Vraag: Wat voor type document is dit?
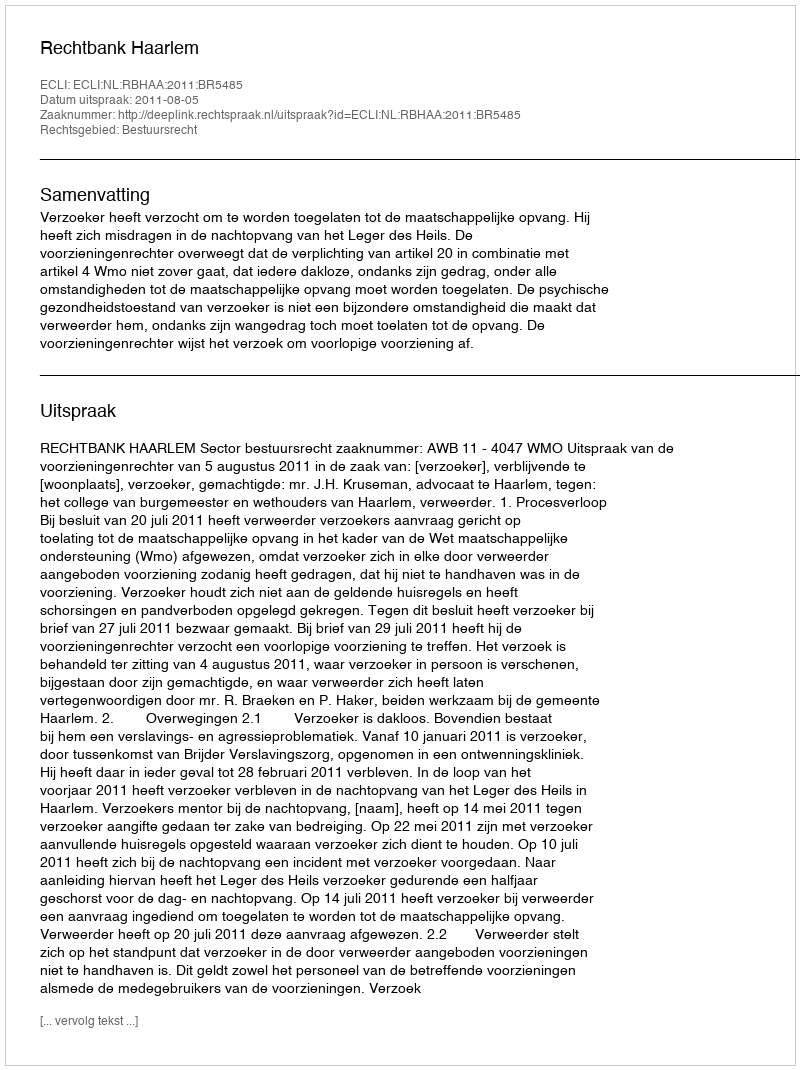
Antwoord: Uitspraak